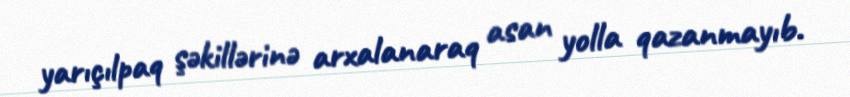
yarıçılpaq şəkillərinə arxalanaraq asan yolla qazanmayıb.